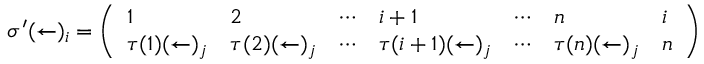
\sigma ^ { \prime } ( \leftarrow ) _ { i } = { \left( \begin{array} { l l l l l l l } { 1 } & { 2 } & { \cdots } & { i + 1 } & { \cdots } & { n } & { i } \\ { \tau ( 1 ) ( \leftarrow ) _ { j } } & { \tau ( 2 ) ( \leftarrow ) _ { j } } & { \cdots } & { \tau ( i + 1 ) ( \leftarrow ) _ { j } } & { \cdots } & { \tau ( n ) ( \leftarrow ) _ { j } } & { n } \end{array} \right) }